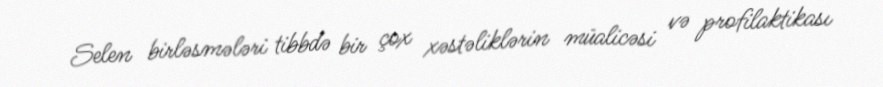
Selen birləsmələri tibbdə bir çox xəstəliklərin müalicəsi və profilaktikası